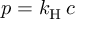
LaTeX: p = k _ { \mathrm { { H } } } \, c